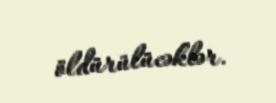
öldürülücəklər.